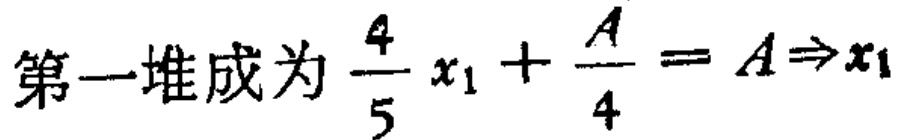
第一堆成为 \(\frac{4}{5}x_{1}+\frac{A}{4}=A\Rightarrow x_{1}\)